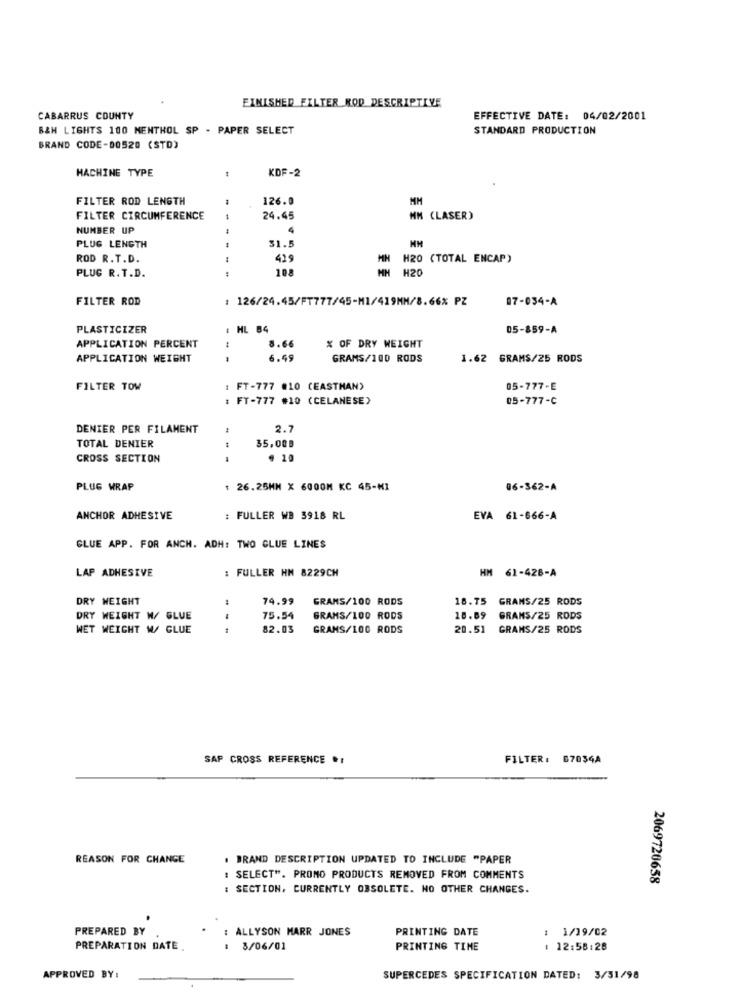
FINISHED FILTER KOD DESCRIPTIVE
CABARRUS COUNTY
EFFECTIVE DATE: 04/02/2001
B&H LIGHTS 100 MENTHOL SP - PAPER SELECT
STANDARD PRODUCTION
BRAND CODE-00520 (STD)
MACHINE TYPE
KDF-2
FILTER ROD LENGTH
126.0
MM
FILTER CIRCUMFERENCE
24.45
MM (LASER)
NUMBER UP
PLUG LENGTH
31.5
ROD R.T.D.
429
MN
H20 (TOTAL ENCAP)
PLUG R. T.D.
108
HH H20
FILTER ROD
: 126/24.45/FT777/45-M1/419MM/8.66% PZ
07-034-A
PLASTICIZER
HL 84
05-859-A
APPLICATION PERCENT
8.66
% OF DRY WEIGHT
APPLICATION WEIGHT
6.4
GRAMS/100 RODS
1.62 GRAMS/25 RODS
FILTER TOW
: FT-777 #10 (EASTMAN)
05-777-E
: FT-777 #10 (CELANESE)
05-777-C
DENIER PER FILAMENT
2.7
TOTAL DENIER
35,009
CROSS SECTION
PLUG WRAP
1 26.25MM X 6000M KC 45-MI
06-362-A
ANCHOR ADHESIVE
: FULLER WB 3918 RL
EVA 61-666-A
GLUE APP. FOR ANCH. ADH: TWO GLUE LINES
LAP ADHESIVE
: FULLER HM 8229CH
HM 61-428-A
DRY WEIGHT
79.99
GRANS/100 RODS
18.75 GRAMS/25 RODS
DRY WEIGHT W/ GLUE
75.54
GRAMS/100 RODS
18.69 GRAMS/25 RODS
WET WEIGHT W/ GLUE
1
82.03
GRAMS/100 RODS
20.51
GRANS/25 RODS
SAP CROSS REFERENCE .:
FILTER: 67034A
REASON FOR CHANGE
. BRAND DESCRIPTION UPDATED TO INCLUDE "PAPER
: SELECT". PRONO PRODUCTS REMOVED FROM COMMENTS
2069726658
: SECTION, CURRENTLY OBSOLETE. NO OTHER CHANGES.
PREPARED BY
: ALLYSON MARR JONES
PRINTING DATE
: 1/19/02
PREPARATION DATE .
: 3/06/01
PRINTING TIME
12:58:28
-
APPROVED BY:
SUPERCEDES SPECIFICATION DATED: 3/51/98